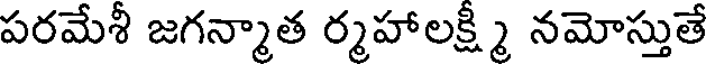
పరమేశీ జగన్మాత ర్మహాలక్ష్మి నమోస్తుతే